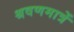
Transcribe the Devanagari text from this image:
श्रवणमात्रें